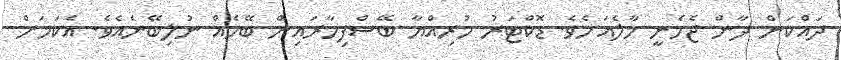
ދައްކަން ދާން ޖެހެނީ މާލެއަށެވެ. ޑޮކްޓަރު ހުރިއްޔާ ބޭސްފިހާރައިން ބޭހެއް ނުލިބޭނެއެވެ. އެކަމަށް